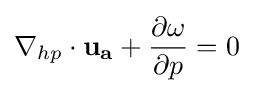
\nabla _{hp}\cdot \mathbf {u_{a}} +{\frac {\partial \omega }{\partial p}}=0